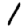
Digit: 1